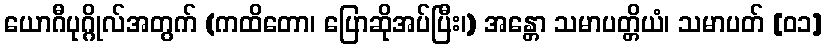
ယောဂီပုဂ္ဂိုလ်အတွက် (ကထိတော၊ ပြောဆိုအပ်ပြီး၊) အန္တော သမာပတ္တိယံ၊ သမာပတ် [၀၁]